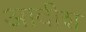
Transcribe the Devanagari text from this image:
आदीश